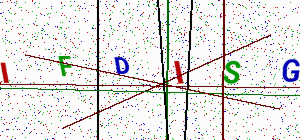
Text: IFDISG